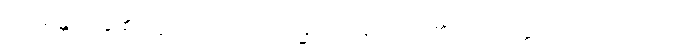
ဝါယမန္တိ၊ ကုန်၏။ ဣတိ၊ ကြောင့်။ သမ္မဝါယမော၊ မည်၏။ ပသတ္တော၊ သော။ ဝါ၊ ကား။